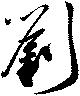
劉